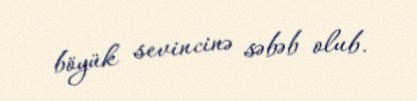
böyük sevincinə səbəb olub.